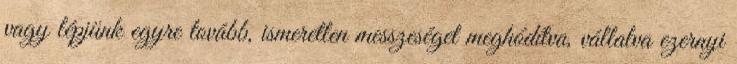
vagy lépjünk egyre tovább, ismeretlen messzeséget meghódítva, vállalva ezernyi